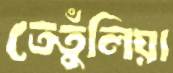
তেতুঁলিয়া